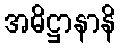
အဓိဋ္ဌာနာနိ